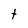
Character: t